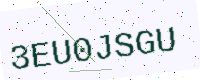
Text: 3EU0JSGU